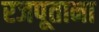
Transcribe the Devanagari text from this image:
रजपूताना